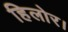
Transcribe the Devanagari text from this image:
हिलोर।